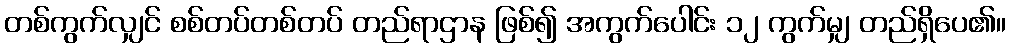
တစ်ကွက်လျှင် စစ်တပ်တစ်တပ် တည်ရာဌာန ဖြစ်၍ အကွက်ပေါင်း ၁၂ ကွက်မျှ တည်ရှိပေ၏။